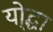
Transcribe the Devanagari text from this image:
यो्द्धा